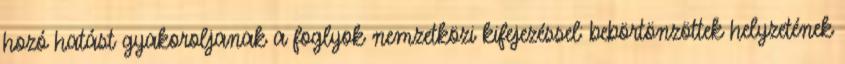
hozó hatást gyakoroljanak a foglyok nemzetközi kifejezéssel: bebörtönzöttek helyzetének